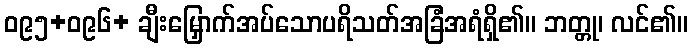
ဝ၉၅+ဝ၉၆+ ချီးမြှောက်အပ်သောပရိသတ်အခြံအရံရှိ၏။ ဘတ္တု၊ လင်၏။